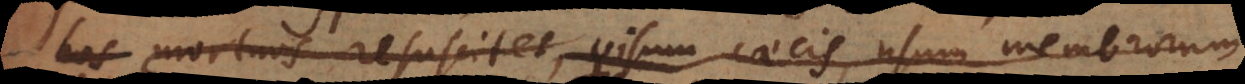
s mortuos resuscitet, visum caecis, usum membrorum